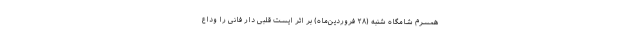
همسرم شامگاه شنبه (۲۸ فروردین‌ماه) بر اثر ایست قلبی دار فانی را وداع